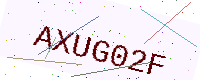
Text: AXUG02F